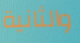
والثانية